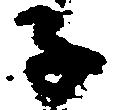
子